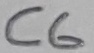
Text: C6